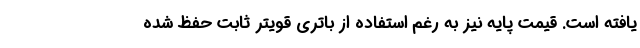
یافته است. قیمت پایه نیز به رغم استفاده از باتری قویتر ثابت حفظ شده